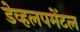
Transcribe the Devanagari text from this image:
डेव्हलपमेंटल